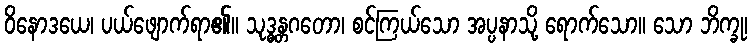
ဝိနောဒယေ၊ ပယ်ဖျောက်ရာ၏။ သုဒ္ဓန္တဂတော၊ စင်ကြယ်သော အပ္ပနာသို့ ရောက်သော။ သော ဘိက္ခု၊